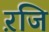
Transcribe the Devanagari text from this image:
ऱजि